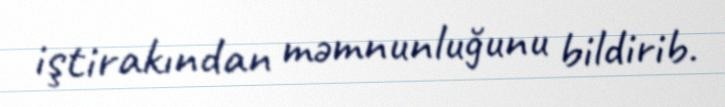
iştirakından məmnunluğunu bildirib.